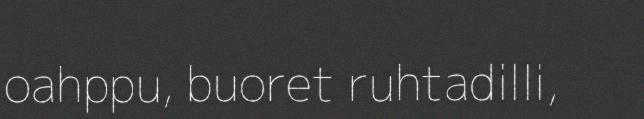
oahppu, buoret ruhtadilli,